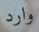
وارد